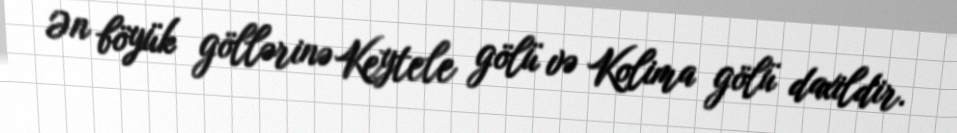
Ən böyük göllərinə Keytele gölü və Kolima gölü daxildir.